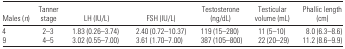
| Males (n) | Tanner stage | LH (IU/L) | FSH (IU/L) | Testosterone (ng/dL) | Testicular volume (mL) | Phallic length (cm) |
 | --- | --- | --- | --- | --- | --- | --- |
 | 4 | 2–3 | 1.83 (0.26–3.74) | 2.40 (0.72–10.37) | 119 (15–280) | 11 (5–10) | 8.0 (6.3–8.6) |
 | 9 | 4–5 | 3.02 (0.55–7.00) | 3.61 (1.70–7.00) | 387 (105–800) | 22 (20–29) | 11.2 (8.6–9.9) |